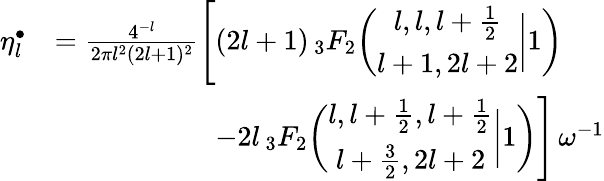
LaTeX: \begin{array}{rl}{\eta_{l}^{\bullet}}&{=\frac{4^{-l}}{2\pi l^{2}(2l+1)^{2}}\Biggl[(2l+1)\, _{3}F_{2}\biggl(\begin{array}{c}{l,l,l+\frac{1}{2}}\\ {l+1,2l+2}\end{array}\bigg|1\biggr)}\\ &{\mathrel{\phantom{=}}\hphantom{\frac{4^{-l}}{2\pi l^{2}(2l+1)^{2}}\Bigg[}\mathrm-2l\, _{3}F_{2}\biggl(\begin{array}{c}{l,l+\frac{1}{2},l+\frac{1}{2}}\\ {l+\frac{3}{2},2l+2}\end{array}\bigg|1\biggr)\Biggr]\, \omega^{-1}}\end{array}